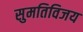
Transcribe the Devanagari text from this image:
सुमतिविजय